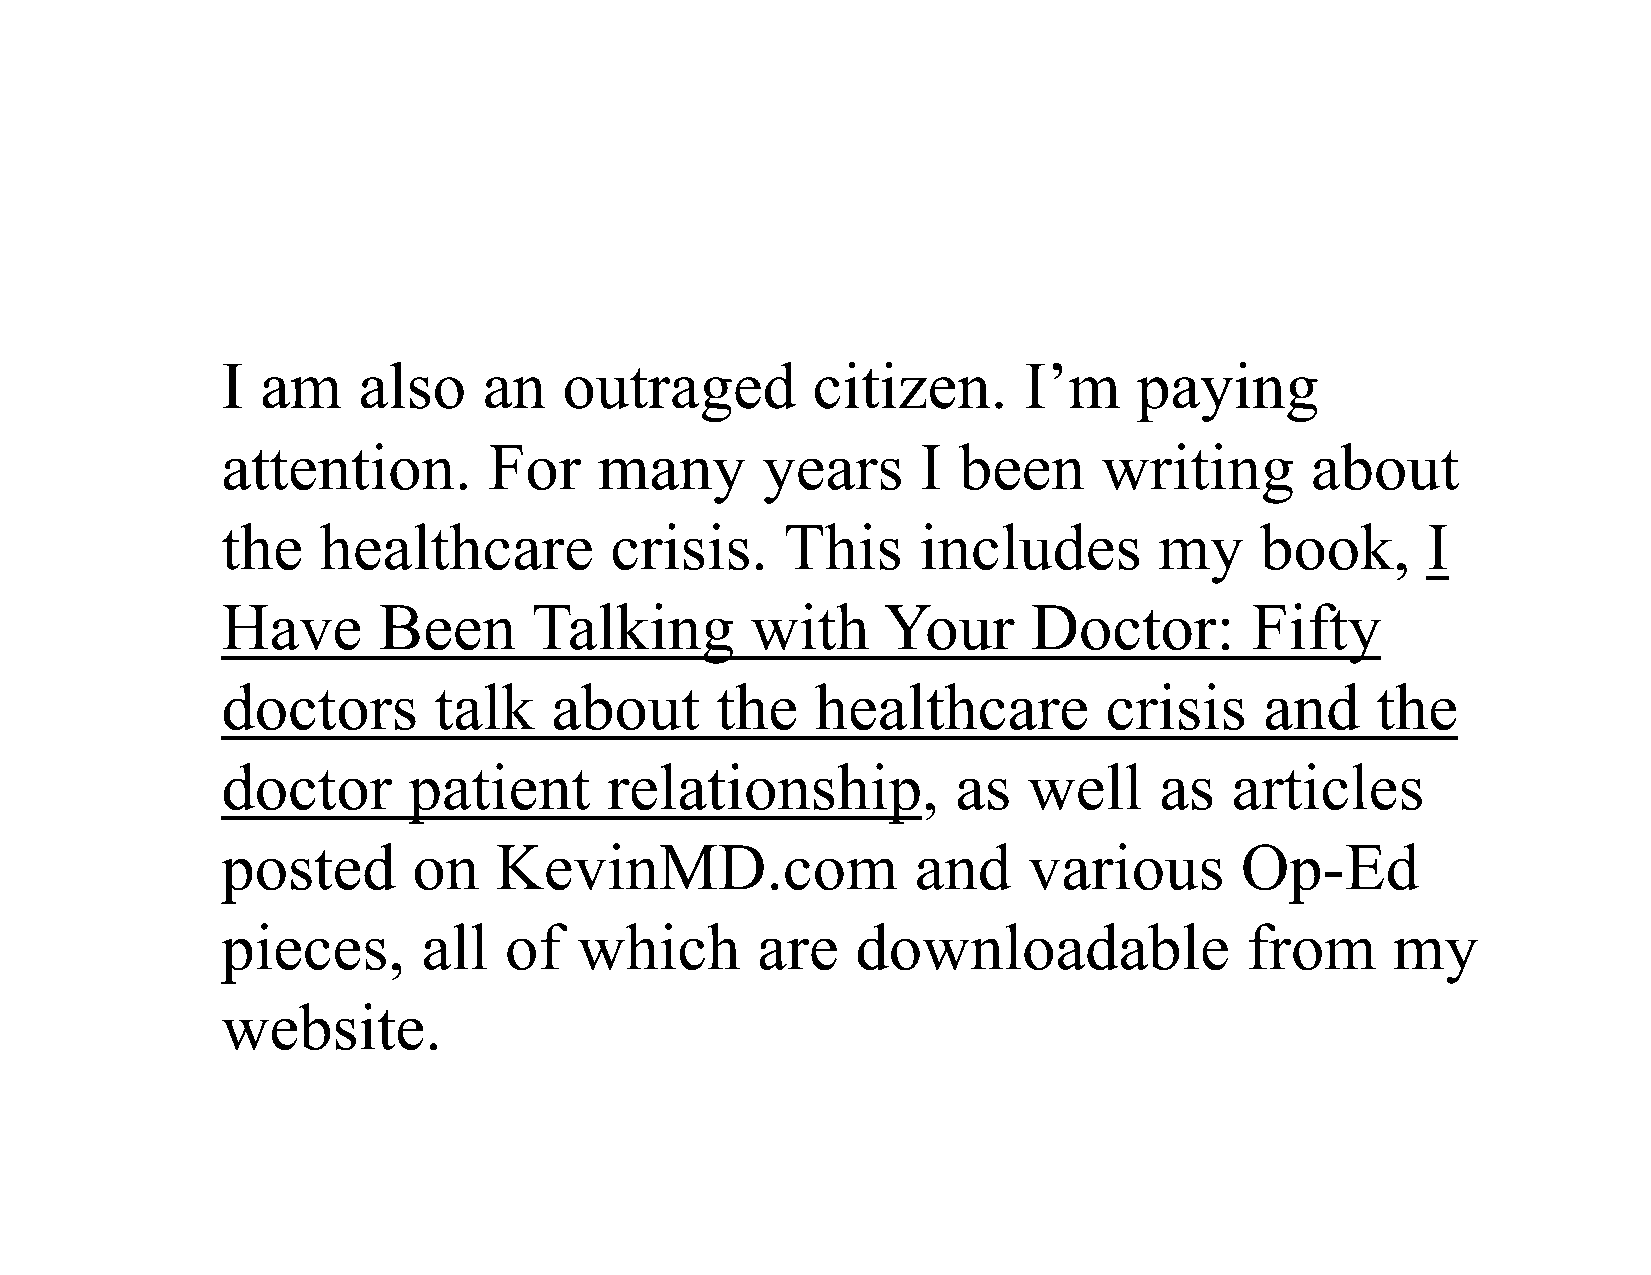
I am     also    an   outraged         citizen.      I’m    paying
 attention.       For     many      years      I been      writing       about
 the   healthcare         crisis.     This     includes        my    book,      I
 Have      Been      Talking        with    Your      Doctor:        Fifty
 doctors       talk   about      the    healthcare         crisis     and    the
 doctor      patient      relationship,          as   well     as  articles
 posted      on    KevinMD.com                 and    various       Op-Ed
 pieces,      all  of   which       are    downloadable             from      my
 website.